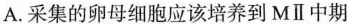
A.采集的卵母细胞应该培养到MⅡ中期